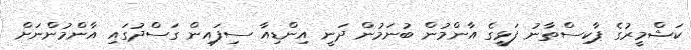
ކަޝްމީރުގެ ޕާކިސްތާނު ފަޅީގެ އާންމުން ބުނަމުން ދަނީ އިންޑިއާ ސިފައިން ގަސްދުގައި އާންމުންނަށް